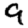
Digit: 9